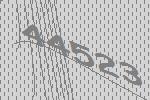
44523